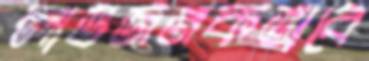
লাভজনকভাবে